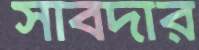
সাবদার